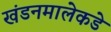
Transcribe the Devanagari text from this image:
खंडनमालेकडे